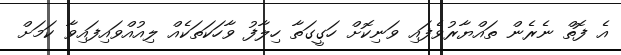
އެ ފޮތް ނެރެން ތައްޔާރުވެފައި ވަނިކޮށް ހަގީގަތާ ހިލާފު ވާހަކަތަކެއް ލިއުއްވައިފައިވާ ކަމަށް